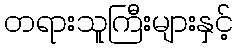
တရားသူကြီးများနှင့်